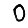
Digit: 0